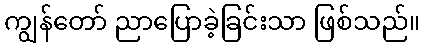
ကျွန်တော် ညာပြောခဲ့ခြင်းသာ ဖြစ်သည်။